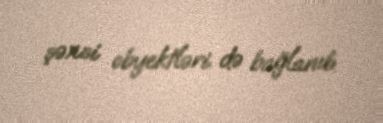
şəxsi obyektləri də bağlanıb.